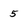
Character: 5